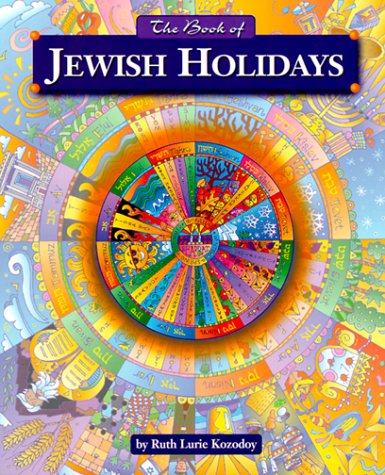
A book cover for The Book of Jewish Holidays; Ruth Kozodoy; Religion & Spirituality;